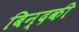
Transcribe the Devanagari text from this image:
बिन्‍दकी